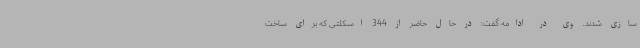
سازی شدند. وی در ادامه گفت: در حال حاضر از 344 اسکلتی که برای ساخت